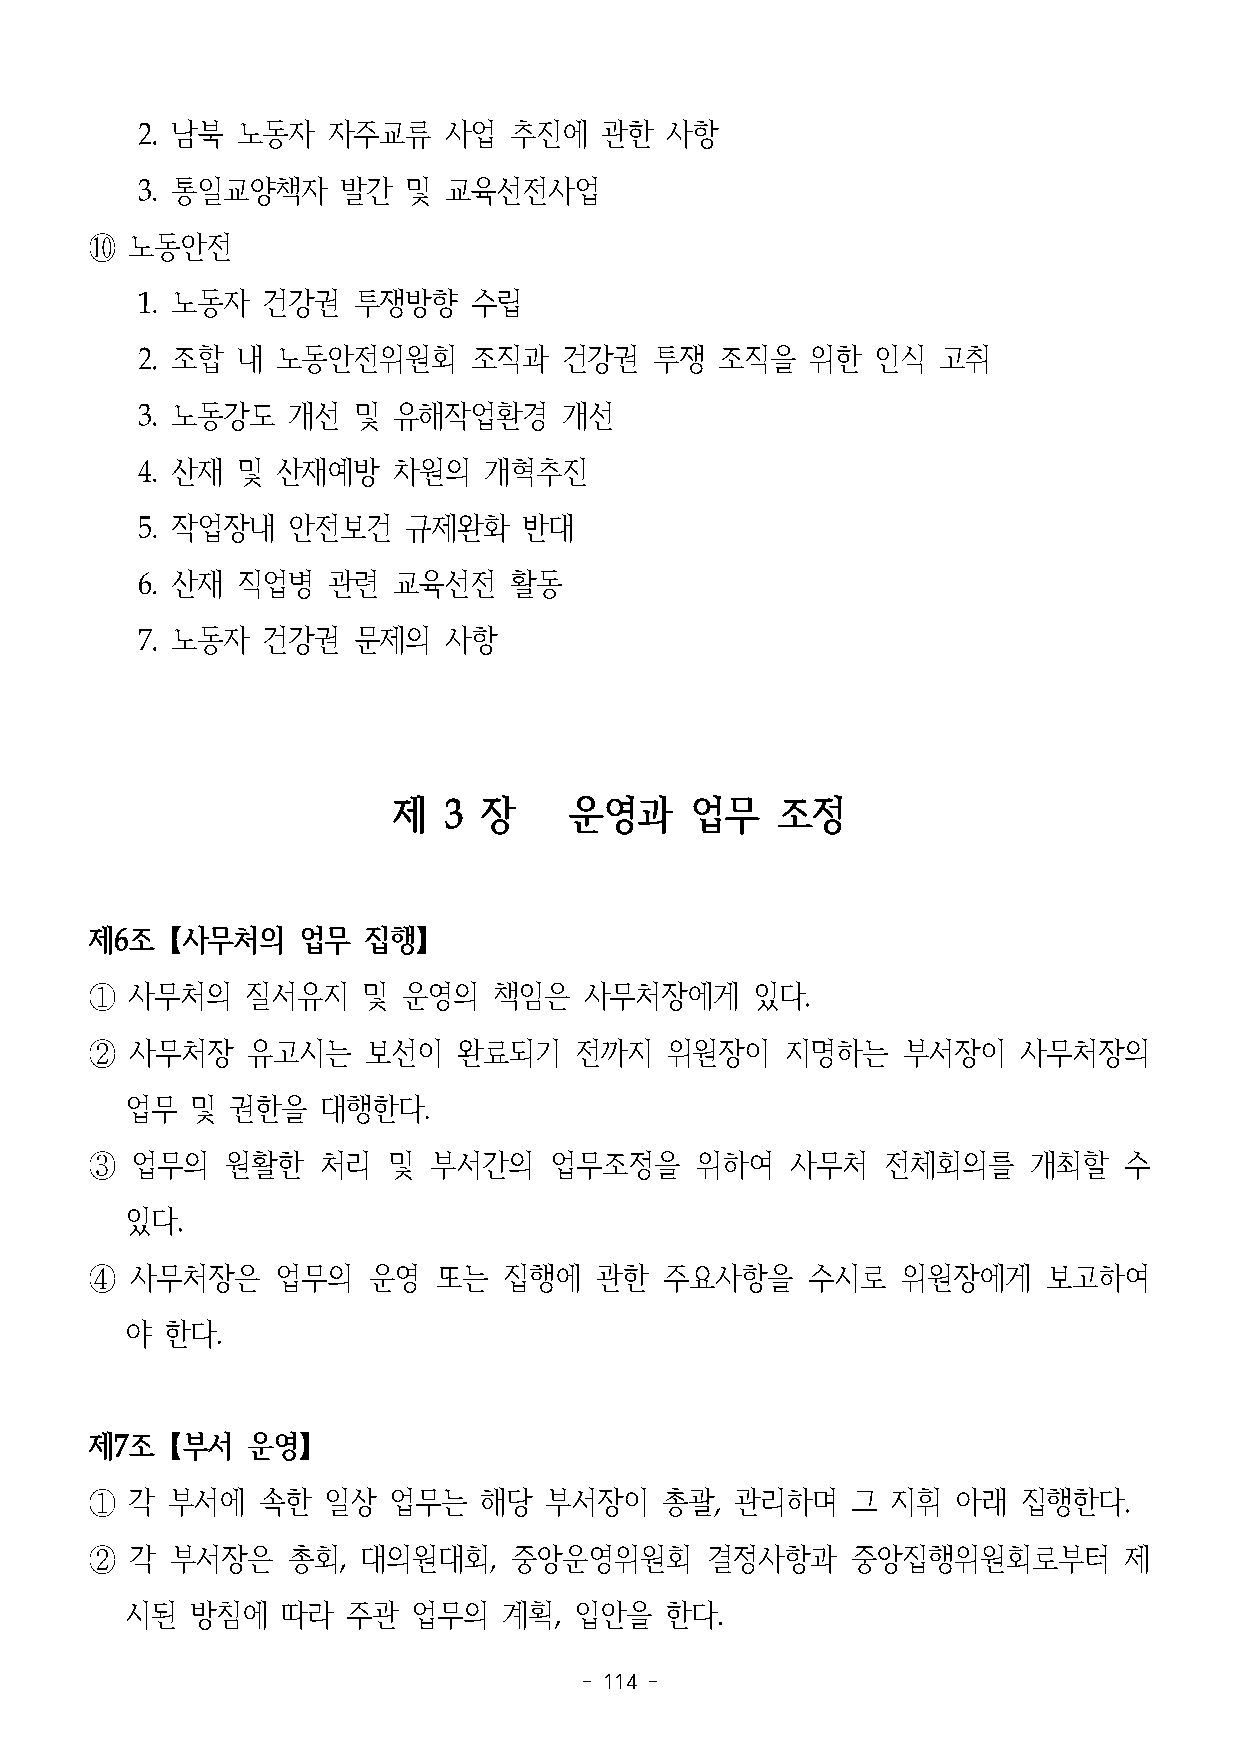
2. 남북  노동자   자주교류   사업   추진에   관한  사항
 3. 통일교양책자     발간  및 교육선전사업
 ⑩  노동안전
 1. 노동자  건강권   투쟁방향    수립
 2. 조합  내 노동안전위원회      조직과   건강권   투쟁   조직을   위한  인식  고취
 3. 노동강도   개선  및  유해작업환경     개선
 4. 산재  및 산재예방    차원의   개혁추진
 5. 작업장내   안전보건    규제완화    반대
 6. 산재  직업병   관련  교육선전    활동
 7. 노동자  건강권   문제의   사항
 제  3  장     운영과     업무   조정
 제6조【사무처의      업무  집행】
 ①  사무처의   질서유지    및  운영의   책임은   사무처장에게     있다.
 ②  사무처장   유고시는    보선이   완료되기    전까지   위원장이    지명하는    부서장이    사무처장의
 업무   및 권한을   대행한다.
 ③  업무의   원활한   처리   및 부서간의    업무조정을     위하여   사무처    전체회의를    개최할   수
 있다.
 ④  사무처장은    업무의   운영   또는  집행에   관한   주요사항을    수시로    위원장에게    보고하여
 야  한다.
 제7조【부서    운영】
 ①  각 부서에   속한  일상   업무는   해당  부서장이    총괄,  관리하며   그  지휘  아래   집행한다.
 ②  각 부서장은    총회,  대의원대회,    중앙운영위원회      결정사항과    중앙집행위원회로부터        제
 시된   방침에   따라  주관  업무의   계획,  입안을   한다.
 - 114 -